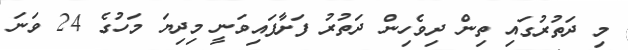
މި ދަތުރުގައި ތިން ދިވެހިން ދަތުރު ފަށާފައިވަނީ މިދިޔަ މަހުގެ 24 ވަނަ